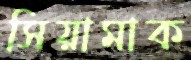
সিয়ামাক